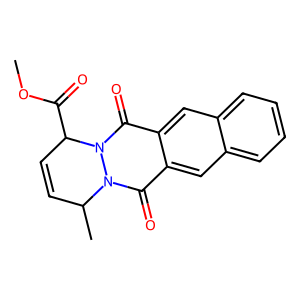
SMILES: COC(=O)C1C=CC(C)n2c(=O)c3cc4ccccc4cc3c(=O)n21
Inhibits HIV replication: No